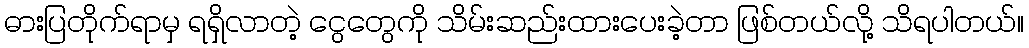
ဓားပြတိုက်ရာမှ ရရှိလာတဲ့ ငွေတွေကို သိမ်းဆည်းထားပေးခဲ့တာ ဖြစ်တယ်လို့ သိရပါတယ်။